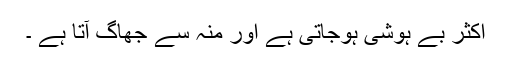
اکثر بے ہوشی ہوجاتی ہے اور منہ سے جھاگ آتا ہے ۔